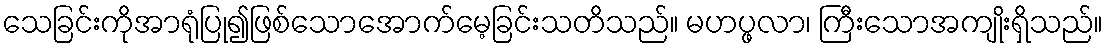
သေခြင်းကိုအာရုံပြု၍ဖြစ်သောအောက်မေ့ခြင်းသတိသည်။ မဟပ္ဖလာ၊ ကြီးသောအကျိုးရှိသည်။